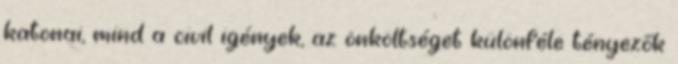
katonai, mind a civil igények, az önköltséget különféle tényezők